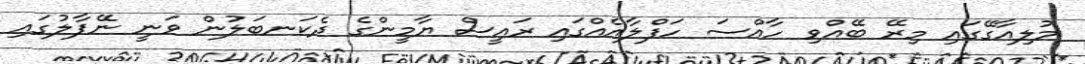
މުލިއާގޭގައި މިރޭ ބޭއްވި ހާއްސަ ހަފްލާއެއްގައި ރައީސް ޔާމީންގެ ދެކަނބަލުން ވަނީ ނޭޕާލުގައި